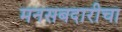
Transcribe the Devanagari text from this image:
मनसबदारीचा